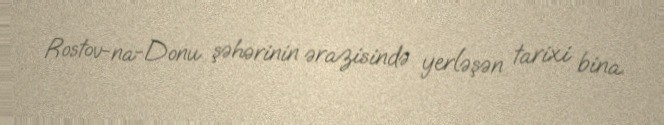
Rostov-na-Donu şəhərinin ərazisində yerləşən tarixi bina.